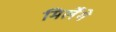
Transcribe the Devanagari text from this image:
मिलेँगे